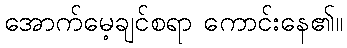
အောက်မေ့ချင်စရာ ကောင်းနေ၏။